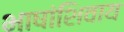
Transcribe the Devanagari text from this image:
भाषांशिवाय